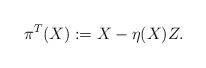
LaTeX: \begin{align*} \pi^T(X) := X - \eta(X) Z.\end{align*}